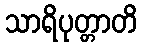
သာရိပုတ္တာတိ